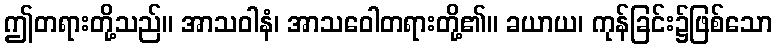
ဤတရားတို့သည်။ အာသဝါနံ၊ အာသဝေါတရားတို့၏။ ခယာယ၊ ကုန်ခြင်း၌ဖြစ်သော